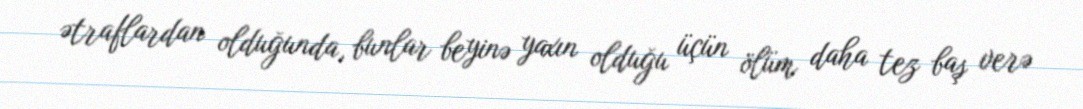
ətraflardan olduğunda, bunlar beyinə yaxın olduğu üçün ölüm daha tez baş verə